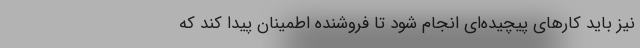
نیز باید کارهای پیچیده‌ای انجام شود تا فروشنده اطمینان پیدا کند که